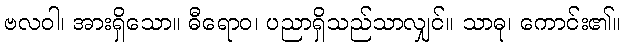
ဗလဝါ၊ အားရှိသော။ ဓီရောဝ၊ ပညာရှိသည်သာလျှင်။ သာဓု၊ ကောင်း၏။